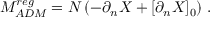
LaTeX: M _ { A D M } ^ { r e g } = N \left( - \partial _ { n } X + [ \partial _ { n } X ] _ { 0 } \right) \, .